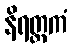
နိရတ္ထကံ